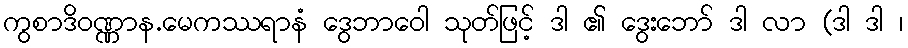
ကွစာဒိဝဏ္ဏာန.မေကဿရာနံ ဒွေဘာဝေါ သုတ်ဖြင့် ဒါ ၏ ဒွေးဘော် ဒါ လာ (ဒါ ဒါ ၊